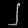
Digit: ၂